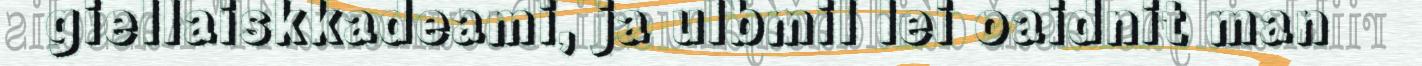
giellaiskkadeami, ja ulbmil lei oaidnit man